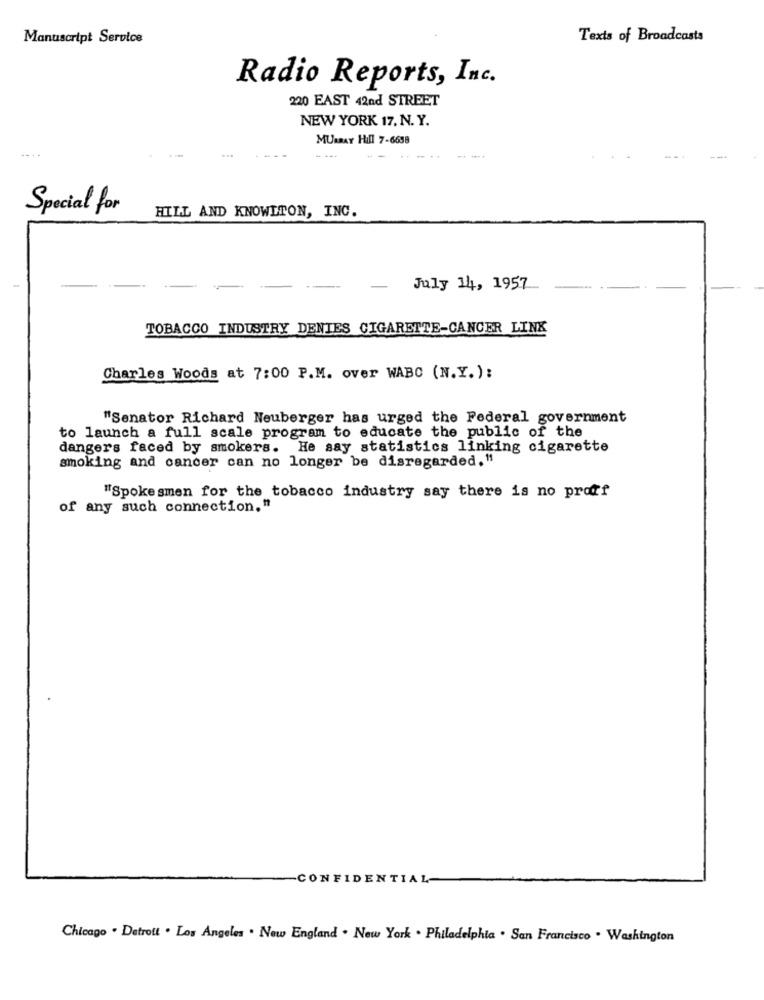
Manuscript Service
Texts of Broadcasts
Radio Reports, Inc.
220 EAST 42nd STREET
NEW YORK 17. N. Y.
MURRAY Hill 7-6658
...
Special for
HILL AND KNOWLTON, INC.
-
July 14, 1957
TOBACCO INDUSTRY DENIES CIGARETTE-CANCER LINK
Charles Woods at 7:00 P.M. over WABC (N.Y.):
"Senator Richard Neuberger has urged the Federal government
to launch a full scale program to educate the public of the
dangers faced by smokers. He say statistics linking cigarette
smoking and cancer can no longer be disregarded."
"Spokesmen for the tobacco industry say there is no proff
of any such connection,"
-CONFIDENTIAL
Chicago . Detroit . Los Angeles . Now England . New York . Philadelphia . San Francisco . Washington